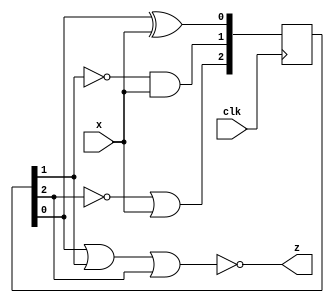
module top_module (
    input clk,
    input x,
    output z
); 
    wire [2:0]Q;
    initial Q = '0; // all dff are reset initially
    
    // using non blocking assignment will require 3 clk cycle update all 3 dff
    // therefore blocking assignment is more suitable in this scenario
    // as all 3 dff must update at the same clk cycle
    // https://www.nandland.com/articles/blocking-nonblocking-verilog.html
    
    always @ (posedge clk) begin
        Q[0] = Q[0] ^ x;
        Q[1] = ~Q[1] & x;
        Q[2] = ~Q[2] | x;
    end
    
    assign z = ~(Q[0] | Q[1] | Q[2]);

endmodule